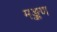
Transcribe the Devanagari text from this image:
मङ्कण